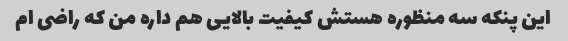
این پنکه سه منظوره هستش کیفیت بالایی هم داره من که راضی ام